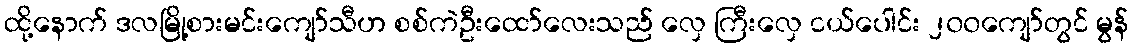
ထို့နောက် ဒလမြို့စားမင်းကျော်သီဟ စစ်ကဲဦးထော်လေးသည် လှေ ကြီးလှေ ငယ်ပေါင်း ၂၀၀ကျော်တွင် မွန်